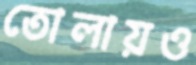
তোলায়ও